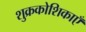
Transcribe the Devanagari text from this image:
शुक्रकोशिकाएँ